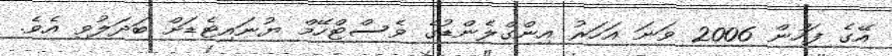
އޭގެ ފަހުން 2006 ވަނަ އަހަރު އިންގްލެންޑުގެ ވެސްޓްހޭމް ޔުނައިޓެޑަށް ބަދަލުވި އެވެ.